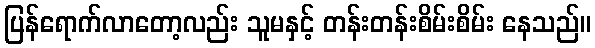
ပြန်ရောက်လာတော့လည်း သူမနှင့် တန်းတန်းစိမ်းစိမ်း နေသည်။